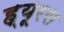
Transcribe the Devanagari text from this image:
ह्यूरस